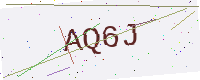
Text: AQ6J